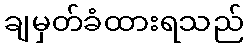
ချမှတ်ခံထားရသည်